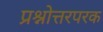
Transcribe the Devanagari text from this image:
प्रश्नोत्तरपरक